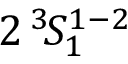
2 \, ^ { 3 } \! S _ { 1 } ^ { 1 - 2 }